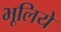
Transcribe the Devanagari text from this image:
भूलिये